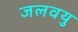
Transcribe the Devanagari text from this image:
जलवयु